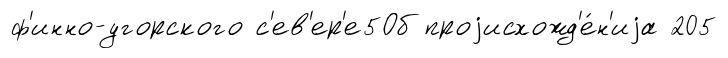
ф'инно-угорского с'ев'ер'е5Об проjисхожд'е́н'иjа 205